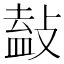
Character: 𢾩